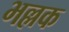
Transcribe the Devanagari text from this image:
भल्लक